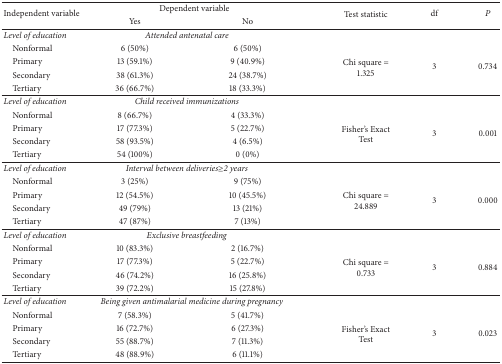
<table><thead><tr><td rowspan="2"><b>Independent variable</b></td><td colspan="2"><b> Dependent variable</b></td><td rowspan="2"><b>Test statistic</b></td><td rowspan="2"><b>df</b></td><td rowspan="2"><b><i>P</i></b></td></tr><tr><td><b>Yes</b></td><td><b>No</b></td></tr></thead><tbody><tr><td><i>Level of education</i></td><td colspan="2"> <i>Attended antenatal care</i></td><td> </td><td> </td><td> </td></tr><tr><td> Nonformal </td><td>6 (50%)</td><td>6 (50%)</td><td> </td><td> </td><td> </td></tr><tr><td> Primary</td><td>13 (59.1%)</td><td>9 (40.9%)</td><td rowspan="2"> Chi square =1.325</td><td rowspan="2">3</td><td rowspan="2">0.734</td></tr><tr><td> Secondary</td><td>38 (61.3%)</td><td>24 (38.7%)</td></tr><tr><td> Tertiary</td><td>36 (66.7%)</td><td>18 (33.3%)</td><td> </td><td> </td><td> </td></tr><tr><td><i>Level of education</i></td><td colspan="2"> <i>Child received immunizations</i></td><td> </td><td> </td><td> </td></tr><tr><td> Nonformal </td><td>8 (66.7%)</td><td>4 (33.3%)</td><td> </td><td> </td><td> </td></tr><tr><td> Primary</td><td>17 (77.3%)</td><td>5 (22.7%)</td><td rowspan="2"> Fisher&#x27;s Exact Test</td><td rowspan="2"> 3</td><td rowspan="2">0.001</td></tr><tr><td> Secondary</td><td>58 (93.5%)</td><td>4 (6.5%)</td></tr><tr><td> Tertiary</td><td>54 (100%)</td><td>0 (0%)</td><td> </td><td> </td><td> </td></tr><tr><td><i>Level of education</i></td><td colspan="2"> <i>Interval between deliveries</i>≥<i>2 years</i></td><td> </td><td> </td><td> </td></tr><tr><td> Nonformal </td><td>3 (25%)</td><td>9 (75%)</td><td> </td><td> </td><td> </td></tr><tr><td> Primary</td><td>12 (54.5%)</td><td>10 (45.5%)</td><td rowspan="2"> Chi square =24.889</td><td rowspan="2">3</td><td rowspan="2">0.000</td></tr><tr><td> Secondary</td><td>49 (79%)</td><td>13 (21%)</td></tr><tr><td> Tertiary</td><td>47 (87%)</td><td>7 (13%)</td><td> </td><td> </td><td> </td></tr><tr><td><i>Level of education</i></td><td colspan="2"> <i>Exclusive breastfeeding</i></td><td> </td><td> </td><td> </td></tr><tr><td> Nonformal </td><td>10 (83.3%)</td><td>2 (16.7%)</td><td> </td><td> </td><td> </td></tr><tr><td> Primary</td><td>17 (77.3%)</td><td>5 (22.7%)</td><td rowspan="2"> Chi square =0.733</td><td rowspan="2">3</td><td rowspan="2">0.884</td></tr><tr><td> Secondary</td><td>46 (74.2%)</td><td>16 (25.8%)</td></tr><tr><td> Tertiary</td><td>39 (72.2%)</td><td>15 (27.8%)</td><td> </td><td> </td><td> </td></tr><tr><td><i>Level of education</i></td><td colspan="2"> <i>Being given antimalarial medicine during pregnancy</i></td><td> </td><td> </td><td> </td></tr><tr><td> Nonformal </td><td>7 (58.3%)</td><td>5 (41.7%)</td><td> </td><td> </td><td> </td></tr><tr><td> Primary</td><td>16 (72.7%)</td><td>6 (27.3%)</td><td rowspan="2"> Fisher&#x27;s Exact Test</td><td rowspan="2">3</td><td rowspan="2">0.023</td></tr><tr><td> Secondary</td><td>55 (88.7%)</td><td>7 (11.3%)</td></tr><tr><td> Tertiary</td><td>48 (88.9%)</td><td>6 (11.1%)</td><td> </td><td> </td><td> </td></tr></tbody></table>